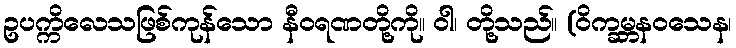
ဥပက္ကိလေသဖြစ်ကုန်သော နီဝရဏတို့ကို။ ဝါ၊ တို့သည်။ (ဝိက္ခမ္ဘနဝသေန၊